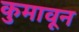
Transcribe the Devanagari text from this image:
कुमावून